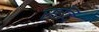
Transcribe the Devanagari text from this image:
सर्दि